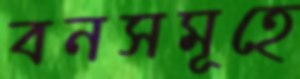
বনসমূহে